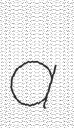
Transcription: a